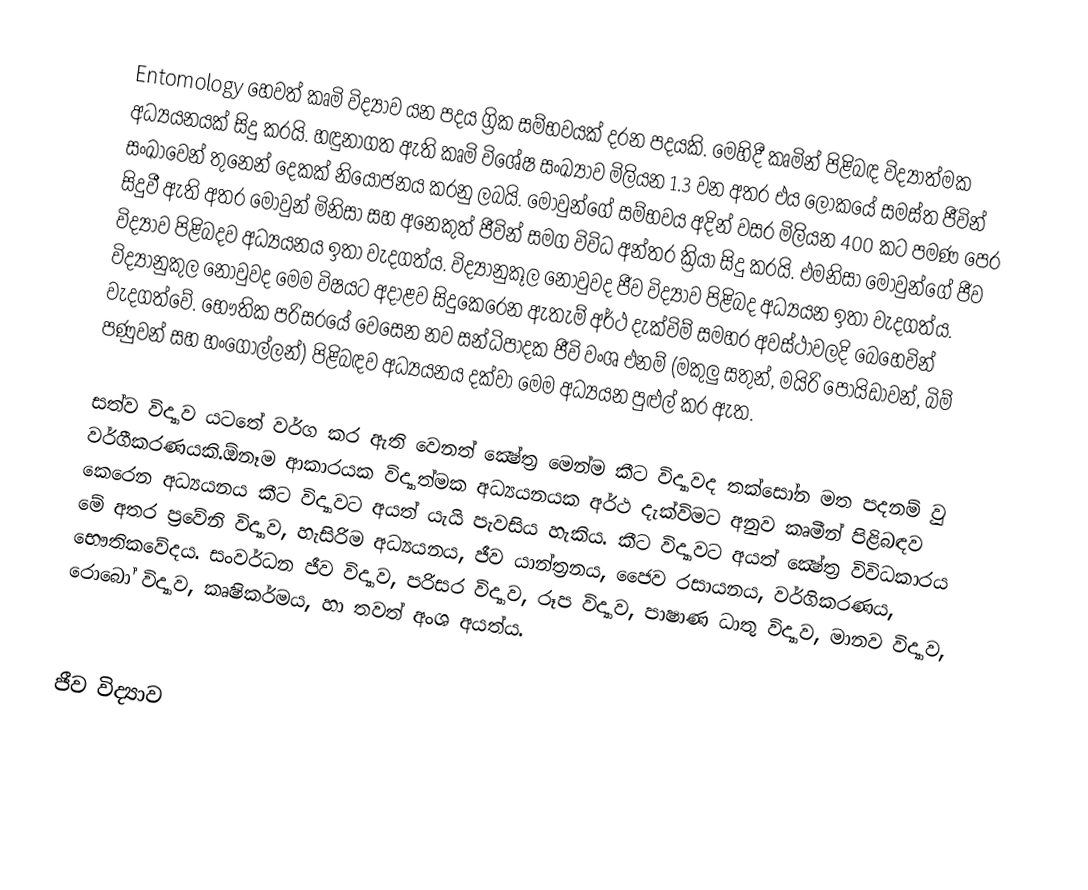
Entomology හෙවත් කෘමි විද්‍යාව යන පදය ග්‍රික සම්භවයක් දරන පදයකි. මෙහිදී කෘමින් පිළිබඳ විද්‍යාත්මක අධ්‍යයනයක් සිදු කරයි. හඳුනාගත ඇති කෘමි විශේෂ සංඛ්‍යාව මිලියන 1.3 වන අතර එය ලෝකයේ සමස්ත ජීවින් සංඛාවෙන් තුනෙන් දෙකක් නියෝජනය කරනු ලබයි. මොවුන්ගේ සම්භවය අදින් වසර මිලියන 400 කට පමණ පෙර සිදුවී ඇති අතර මොවුන් මිනිසා සහ අනෙකුත් ජීවින් සමග විවිධ අන්තර ක්‍රියා සිදු කරයි. එමනිසා මොවුන්ගේ ජීව විද්‍යාව පිළිබදව අධ්‍යයනය ඉතා වැදගත්ය. විද්‍යානුකූල නොවුවද ජීව විද්‍යාව පිළිබද අධ්‍යයන ඉතා වැදගත්ය. විද්‍යානුකුල නොවුවද මෙම විෂයට අදාළව සිදුකෙරෙන ඇතැම් අර්ථ දැක්විම් සමහර අවස්ථාවලදි බෙහෙවින් වැදගත්වේ. භෞතික පරිසරයේ වෙසෙන නව සන්ධිපාදක ජීවි වංශ එනම් (මකුලු සතුන්, මයිරි පොයිඩාවන්, බිම් පණුවන් සහ හංගොල්ලන්) පිළිබඳව අධ්‍යයනය දක්වා මෙම අධ්‍යයන පුළුල් කර ඇත.

සත්ව විද්‍යාව යටතේ වර්ග කර ඇති වෙනත් ක්‍ෂේත්‍ර මෙන්ම කීට විද්‍යාවද තක්සෝන මත පදනම් වු වර්ගීකරණයකි.ඕනෑම ආකාරයක විද්‍යාත්මක අධ්‍යයනයක අර්ථ දැක්විමට අනුව කෘමීන් පිළිබඳව කෙරෙන අධ්‍යයනය කීට විද්‍යාවට අයත් යැයි පැවසිය හැකිය. කීට විද්‍යාවට අයත් ක්‍ෂේත්‍ර විවිධකාරය මේ අතර ප්‍රවේනි විද්‍යාව, හැසිරිම අධ්‍යයනය, ජීව යාන්ත්‍රනය, ජෛව රසායනය, වර්ගිකරණය, භෞතිකවේදය. සංවර්ධන ජීව විද්‍යාව, පරිසර විද්‍යාව, රූප විද්‍යාව, පාෂාණ ධාතු විද්‍යාව, මානව විද්‍යාව, රොබෝ විද්‍යාව, කෘෂිකර්මය, හා තවත් අංශ අයත්ය.

ජීව විද්‍යාව